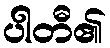
ပါတီ၏